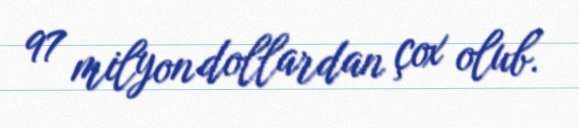
97 milyon dollardan çox olub.